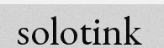
solotink